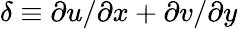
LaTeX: \delta\equiv\partial u/\partial x+\partial v/\partial y